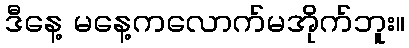
ဒီနေ့ မနေ့ကလောက်မအိုက်ဘူး။